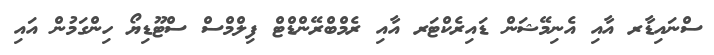
ސްނައިޑާރ އާއި އެނިމޭޝަން ޑައިރެކްޓަރ އާއި ރެމްބްރޭންޑްޓް ފިލްމްސް ސްޓޫޑިޔޯ ހިންގަމުން އައި